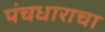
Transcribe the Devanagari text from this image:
पंचधाराचा